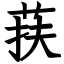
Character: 荴